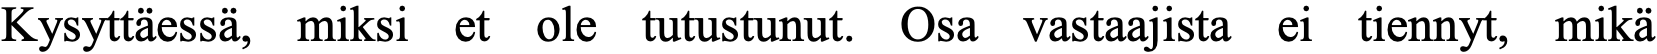
Kysyttäessä, miksi et ole tutustunut. Osa vastaajista ei tiennyt, mikä